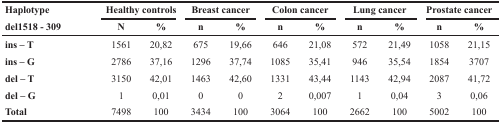
<table><thead><tr><td rowspan="2"><b>Haplotype del1518 - 309</b></td><td colspan="2"><b>Healthy controls</b></td><td colspan="2"><b>Breast cancer</b></td><td colspan="2"><b>Colon cancer</b></td><td colspan="2"><b>Lung cancer</b></td><td colspan="2"><b>Prostate cancer</b></td></tr><tr><td><b>N</b></td><td><b>%</b></td><td><b>n</b></td><td><b>%</b></td><td><b>n</b></td><td><b>%</b></td><td><b>n</b></td><td><b>%</b></td><td><b>n</b></td><td><b>%</b></td></tr></thead><tbody><tr><td><b>ins – T</b></td><td>1561</td><td>20,82</td><td>675</td><td>19,66</td><td>646</td><td>21,08</td><td>572</td><td>21,49</td><td>1058</td><td>21,15</td></tr><tr><td><b>ins – G</b></td><td>2786</td><td>37,16</td><td>1296</td><td>37,74</td><td>1085</td><td>35,41</td><td>946</td><td>35,54</td><td>1854</td><td>3707</td></tr><tr><td><b>del – T</b></td><td>3150</td><td>42,01</td><td>1463</td><td>42,60</td><td>1331</td><td>43,44</td><td>1143</td><td>42,94</td><td>2087</td><td>41,72</td></tr><tr><td><b>del – G</b></td><td>1</td><td>0,01</td><td>0</td><td>0</td><td>2</td><td>0,007</td><td>1</td><td>0,04</td><td>3</td><td>0,06</td></tr><tr><td><b>Total</b></td><td>7498</td><td>100</td><td>3434</td><td>100</td><td>3064</td><td>100</td><td>2662</td><td>100</td><td>5002</td><td>100</td></tr></tbody></table>